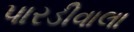
પારડીવાલા